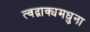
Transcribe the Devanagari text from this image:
त्वद्वाक्यमधुना